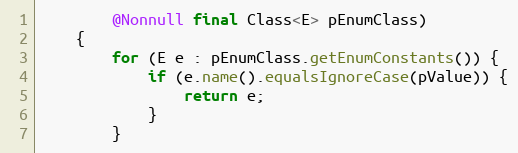
Language: Java
        @Nonnull final Class<E> pEnumClass)
    {
        for (E e : pEnumClass.getEnumConstants()) {
            if (e.name().equalsIgnoreCase(pValue)) {
                return e;
            }
        }